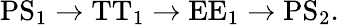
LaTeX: \mathrm{PS}_{1}\rightarrow\mathrm{TT}_{1}\rightarrow\mathrm{EE}_{1}\rightarrow\mathrm{PS}_{2}.